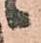
候